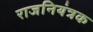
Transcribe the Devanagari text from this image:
राजनियंत्रक